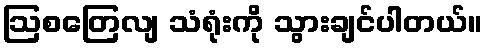
ဩစတြေလျ သံရုံးကို သွားချင်ပါတယ်။